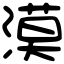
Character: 漠